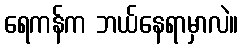
ရေကန်က ဘယ်နေရာမှာလဲ။